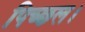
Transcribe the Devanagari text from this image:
पिच्छल।